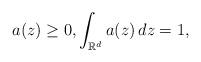
LaTeX: \begin{align*}a(z) \ge 0, \int_{\mathbb{R}^d} a(z) \, dz =1,\end{align*}